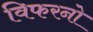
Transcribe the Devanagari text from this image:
विफरनो